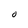
Character: O